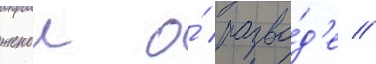
женои о́ разво́д'е //